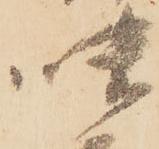
味